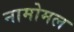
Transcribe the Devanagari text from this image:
नामोमल